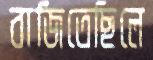
বাজিতেছিলে